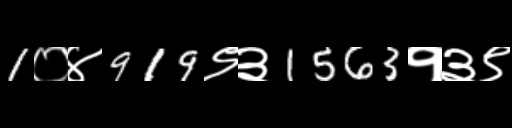
Text: 1०४919९३1563१३९